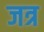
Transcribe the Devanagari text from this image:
जत्र